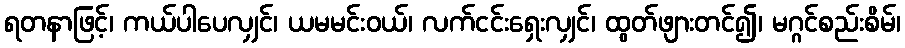
ရတနာဖြင့်၊ ကယ်ပါပေလျှင်၊ ယမမင်းဝယ်၊ လက်ငင်းရှေးလျှင်၊ ထွတ်ဖျားတင်၍၊ မဂ္ဂင်စည်းစိမ်၊